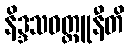
နိဒ္ဒသဝတ္ထူနီတိ